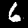
Digit: 6